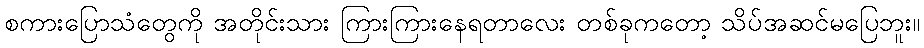
စကားပြောသံတွေကို အတိုင်းသား ကြားကြားနေရတာလေး တစ်ခုကတော့ သိပ်အဆင်မပြေဘူး။